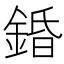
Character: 錉